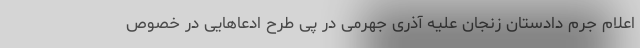
اعلام جرم دادستان زنجان علیه آذری جهرمی در پی طرح ادعاهایی در خصوص